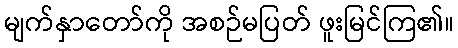
မျက်နှာတော်ကို အစဉ်မပြတ် ဖူးမြင်ကြ၏။